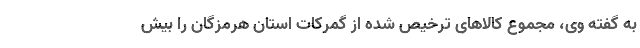
به گفته وی، مجموع کالاهای ترخیص شده از گمرکات استان هرمزگان را بیش